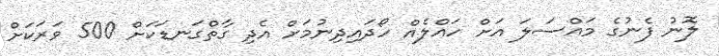
ލޮނު ފެނުގެ މައްސަލަ އަށް ހައްލެއް ހޯދައިދިނުމަށް އެދި ގާތްގަނޑަކަށް 500 ވަރަކަށް